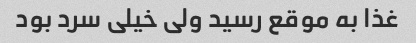
غذا به موقع رسید ولی خیلی سرد بود